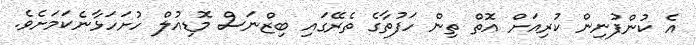
އެ ކުންފުނިން ކުރިއަށް އޮތް ތިން ހަފުތާގެ ތެރޭގައި ބިޒްނަސް މޮޑިއުލް ހުށަހަޅާނެކަމަށެވެ.